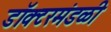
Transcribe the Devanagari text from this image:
डॉक्टरमंडळी